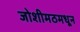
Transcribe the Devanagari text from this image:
जोशीमठमधून